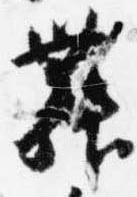
舞